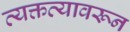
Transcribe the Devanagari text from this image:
व्यक्तव्यावरून